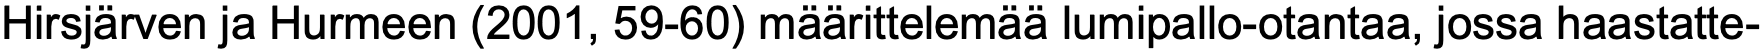
Hirsjärven ja Hurmeen (2001, 59-60) määrittelemää lumipallo-otantaa, jossa haastatte-